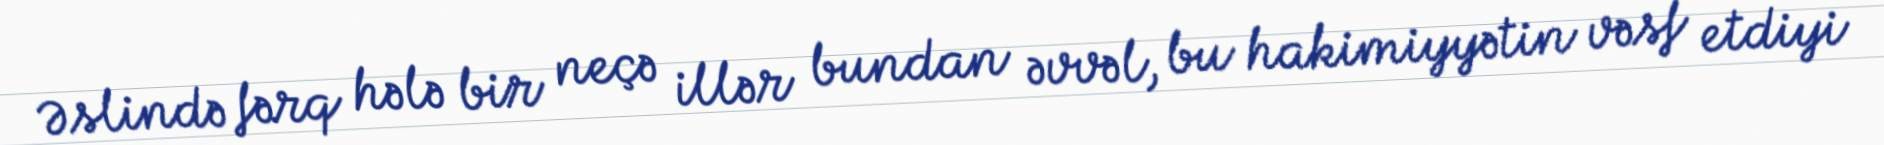
Əslində fərq hələ bir neçə illər bundan əvvəl, bu hakimiyyətin vəsf etdiyi